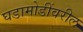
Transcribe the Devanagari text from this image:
घडामोडींवरील